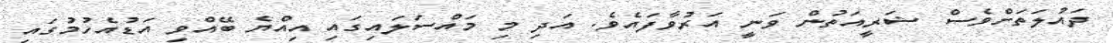
ދައުލަތަށްވެސް ޝަރީއަތުން ވަނީ އަރުވާފައެވެ. އަދި މި މައްސަލައިގައި އިއްޔެ ބޭއްވި އަޑުއެހުމުގައި